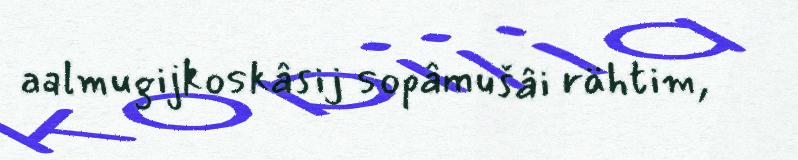
aalmugijkoskâsij sopâmušâi rähtim,